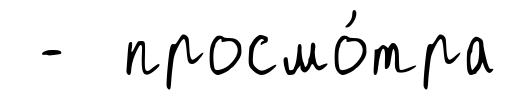
- просмо́тра